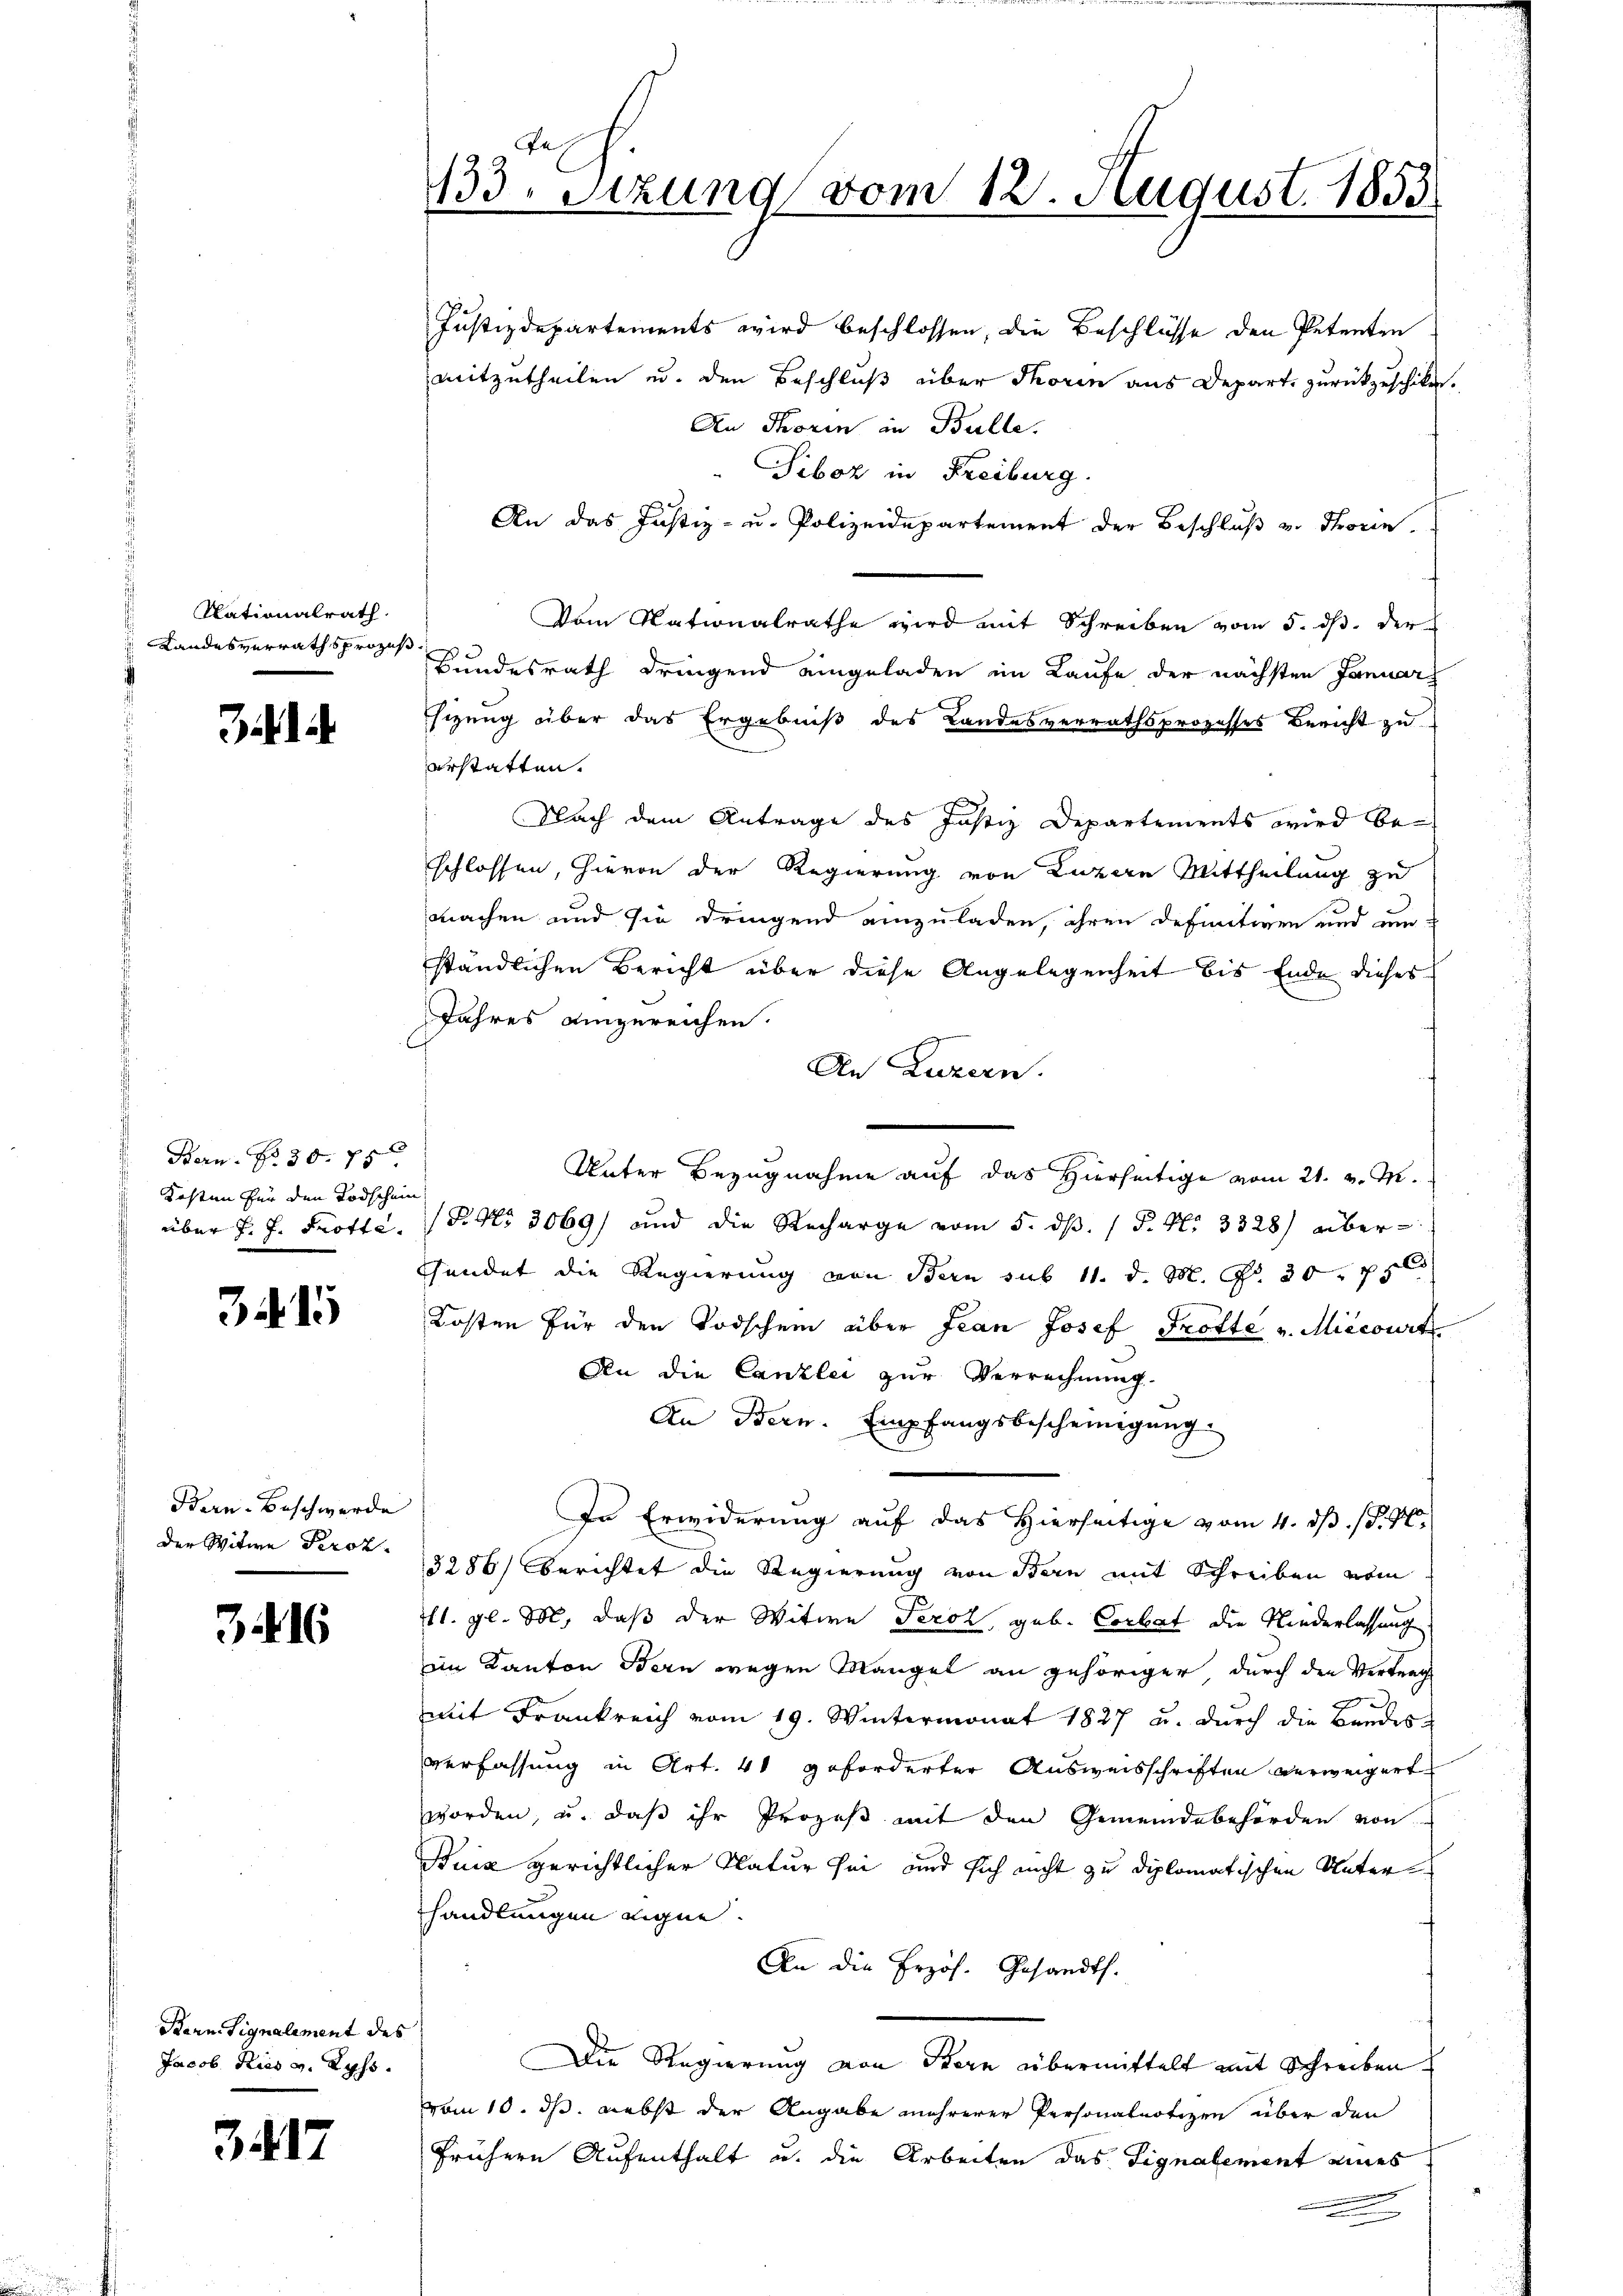
Nationalrath
 Landesverrathsprozes

Bern. No 30. 75
Kosten für den Todschein
über J. J. Trotte.

32. 1

Bern-Beschwerde
der Witwe Proz

. 16

Bern. Signalement des
Jacob Kies v. Wyss.

3417

133. Sitzung vom 12. August 1855.

Justizdepartements wird beschlossen, die Beschlüsse den Petenten
mitzutheilen u. den Beschluß über Thoren aus Depart zurückzuschiken.
An Thorin in Bulle.
Siboz in Freiburg.
An das Justiz- u. Polizeidepartement der Beschluß v. Thronin.
Vom Nationalrathe wird mit Schreiben vom 5. ds. der
Bundesrath dringend eingeladen im Kaufe der nächsten Januars
hizung über das Ergebniß des Landesverrathsprozesses Bericht zu
erstatten.
Nach dem Antrage des Justiz Departements wird beschlossen, hievon der Regierung von Luzern Mittheilung zu
machen und sie dringend einzuladen, ihren definitiven und um
ständlichen Bericht über diese Angelegenheit bis Ende dieses
Jahres eingereichen.
An Luzern.
Unter Bezugnahme auf das Hierseitige vom 21. v. M.
(P. Nr. 3069) und die Recharge vom 5. dβ. (P. Nr. 3328) aber
Gundet die Regierung von Bern sub 11. d. M. G. 30 p
Kosten für den Todschein über Jean Josef Trotte u. Miecourt
An die Canzlei zur Verrechnung
An Bern. Empfangsbescheinigŭng.
In Erwiderung auf das Hierseitige vom 4. ds. /. M.
3286) berichtet die Regierung von Bern mit Schreiben vom
711. gl. M., daß der Witwe Perol, geb. Corbat die Niederlassung
im Kanton Bern wegen Mangel an gehöriger, durch den Vertrag
2
mit Frankreich vom 19. Wintermonat 1827 u. durch die Bandes
verfassung in Art. 41 geforderter Ausweisschriften verweigert
worden, u. daß ihr Prozeß mit den Gemeindebehörden von
Buiz gerichtlicher Natur sei und sich nicht zu diplomatischen Unterhandlungen eigne.
An die Erzös. Gesandt.
Die Regierung von Bern übermittelt mit Schreiben
vom 10. ds. nebst der Angabe mehrerer Personalnotizen über den
frühern Aufenthalt u. die Arbeiten das Signalement eines
.